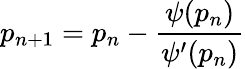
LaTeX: p_{n+1}=p_{n}-\frac{\psi(p_{n})}{\psi^{\prime}(p_{n})}